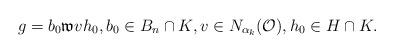
LaTeX: \begin{align*}g=b_0\mathfrak{w}vh_0,b_0\in B_n\cap K,v\in N_{\alpha_k}(\mathcal{O}),h_0\in H\cap K.\end{align*}